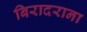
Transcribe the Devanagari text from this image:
बिरादराना